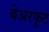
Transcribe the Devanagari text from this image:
बेअरफूट